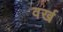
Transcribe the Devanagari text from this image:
वर्ख